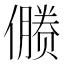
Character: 𰂻